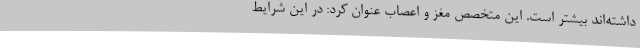
داشته‌اند بیشتر است. این متخصص مغز و اعصاب عنوان کرد: در این شرایط